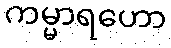
ကမ္မာရဟော